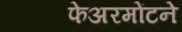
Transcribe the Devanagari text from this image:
फेअरमोंटने